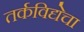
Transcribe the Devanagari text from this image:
तर्कविद्येचा